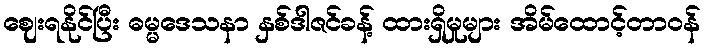
ဈေးရနိုင်ပြီး ဓမ္မဒေသနာ နှစ်ဒါဇင်ခန့် ထားရှိမှုများ အိမ်ထောင့်တာဝန်